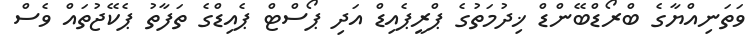
ވަތަނިއްޔާގެ ބްރޯޑްބޭންޑް ޚިދުމަތުގެ ޕްރީޕެއިޑް އަދި ޕޯސްޓް ޕެއިޑްގެ ތަފާތު ޕެކޭޖުތައް ވެސް